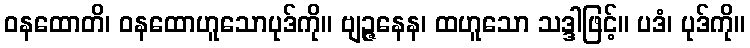
ဝနထောတိ၊ ဝနထောဟူသောပုဒ်ကို။ ဗျဉ္ဇနေန၊ ထဟူသော သဒ္ဒါဖြင့်။ ပဒံ၊ ပုဒ်ကို။